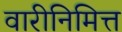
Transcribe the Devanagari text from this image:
वारीनिमित्त